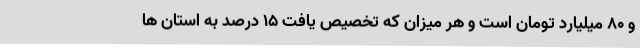
و 80 میلیارد تومان است و هر میزان که تخصیص یافت 15 درصد به استان ها